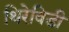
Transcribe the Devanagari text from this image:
थिरेविडी